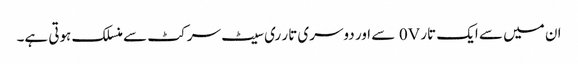
ان میں سے ایک تار 0V سے اور دوسری تار ری سیٹ سرکٹ سے منسلک ہوتی ہے۔